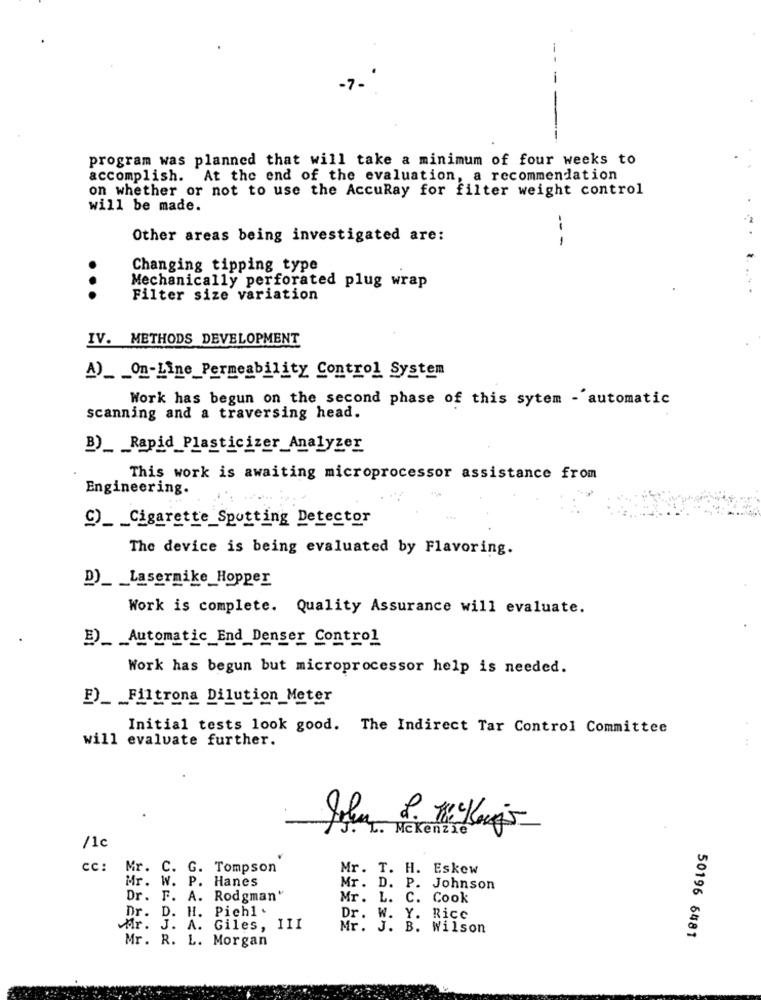
program was planned that will take a minimum of four weeks to
accomplish. At the end of the evaluation, a recommendation
on whether or not to use the AccuRay for filter weight control
will be made.
Other areas being investigated are:
1
-- -
Changing tipping type
Mechanically perforated plug wrap
...
Filter size variation
IV. METHODS DEVELOPMENT
A)_ _ On-Line_Permeability Control System
Work has begun on the second phase of this sytem - automatic
scanning and a traversing head.
B)_ _ Rapid_Plasticizer_Analyzer
This work is awaiting microprocessor assistance from
Engineering.
C)_ _ Cigarette_Spotting Detector
The device is being evaluated by Flavoring.
D)_ _ Lasermike_Hopper
Work is complete. Quality Assurance will evaluate.
B)_ Automatic_End_Denser Control
Work has begun but microprocessor help is needed.
F)_ _ Filtrona Dilution_Meter
Initial tests look good. The Indirect Tar Control Committee
will evalvate further.
a
J. L. Mckenzie
/1c
Cc :
Mr. C. G. Tompson
Mr. T. H. Eskew
Mr. W. P. Hanes
Mr. I
P. Johnson
Dr. F. A. Rodgman"
Mr. L. C. Cook
Dr. D. H. Pichl .
Dr. W. Y. Rice
Mr. J. A. Giles, III
Mr. J. B. Wilson
Mr. R. L. Morgan
50196 6481